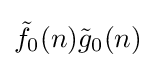
{\tilde {f}}_{0}(n){\tilde {g}}_{0}(n)